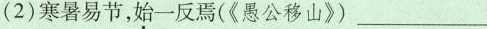
(2)寒暑易节，始一反焉(《愚公移山》)___